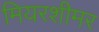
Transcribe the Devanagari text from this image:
मियरशीमर